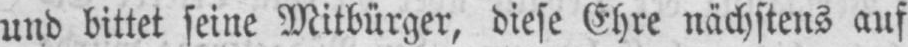
und bittet seine Mitbürger, diese Ehre nächstens auf